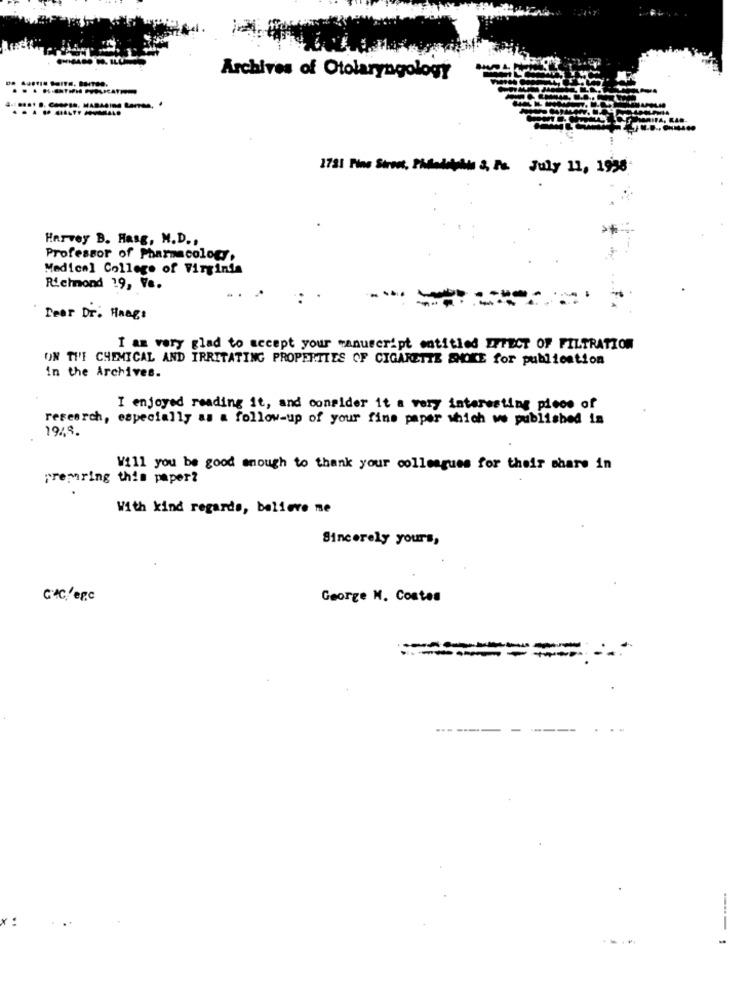
Archives of Otolaryngology
1731 Phe Street, Phdakiksims 3, Pc. July 11, 1938
Harvey B. Hasg, M.D .,
Professor of Pharmacology,
Medical College of Virginia
Richmond 19, Va.
Dear Dr. Haags
I am very glad to accept your manuscript entitled EFFECT OF FILTRATION
ON THE CHEMICAL AND IRRITATING PROPERTIES OF CIGARETTE SMOKE for publication
in the Archives.
I enjoyed reading it, and consider it a very interesting piece of
research, especially as a follow-up of your fine paper which we published in
1948.
Will you be good enough to thank your colleagues for their share in
preparing this paper?
With kind regards, believe me
Sincerely yours,
C/C/epc
George M. Costas
-